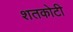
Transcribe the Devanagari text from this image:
शतकोटी